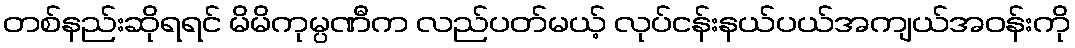
တစ်နည်းဆိုရရင် မိမိကုမ္ပဏီက လည်ပတ်မယ့် လုပ်ငန်းနယ်ပယ်အကျယ်အဝန်းကို